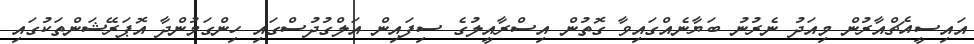
އައިސީއެޗްއާރުން މިއަދު ނެރުނު ބަޔާނެއްގައިވާ ގޮތުން އިސްރާއީލުގެ ސިފައިން އަލްގުދުސްގައި ހިންގަމުންދާ އޮޕަރޭޝަންތަކުގައި